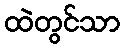
ထဲတွင်သာ